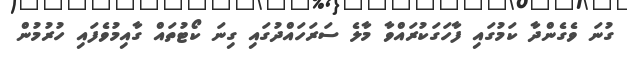
ގުނަ ވެގެންދާ ކަމުގައި ފާހަގަކުރައްވާ މާލެ ސަރަހައްދުގައި ގިނަ ކޯޓުތައް ގާއިމުވެފައި ހުރުމުން